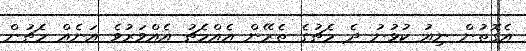
އެގޮތުން ނިއު ކުޅުނު ދެ މެޗުގެ ތެރޭން އެއްމެޗު އެއްވަރުވެ އަނެއް މެޗުން